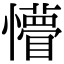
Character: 懵